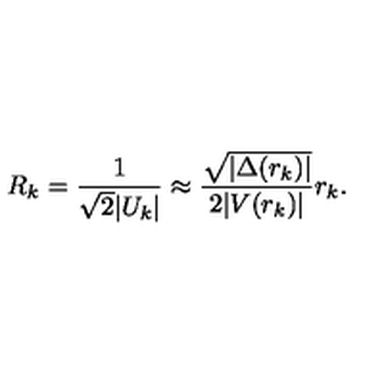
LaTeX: R _ { k } = \frac { 1 } { \sqrt { 2 } | U _ { k } | } \approx \frac { \sqrt { | \Delta ( r _ { k } ) | } } { 2 | V ( r _ { k } ) | } r _ { k } .